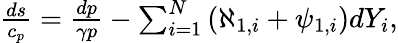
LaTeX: \begin{array}{r}{\frac{ds}{c_{p}}=\frac{dp}{\gamma p}-\sum_{i=1}^{N}\left(\aleph_{1,i}+\psi_{1,i}\right)dY_{i},}\end{array}